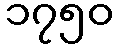
၁၇၅၀